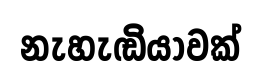
නැහැඬියාවක්